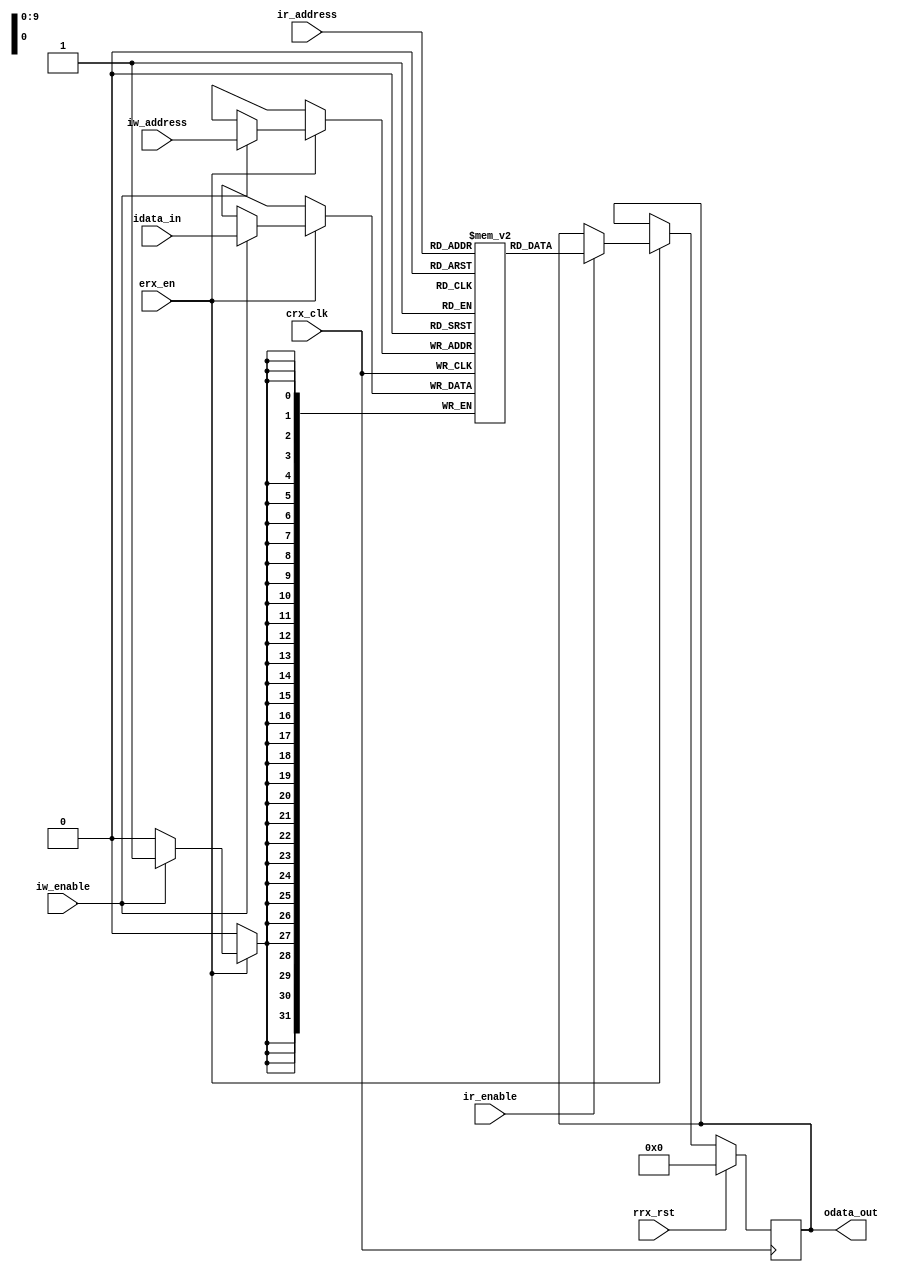
// Simple Dual-Port Block RAM with One Clock

/**
 * GENERAL DESCRIPTION:
 *
 * -Multipurpose 16 bit by 128 lines RAM
 *
 *
 * CONSTRAINTS:
 *
 *
 */

module rx_BRAM_32_1024(
  input  wire               crx_clk               ,  //clock signal
  input  wire               rrx_rst               ,  //reset signal
  input  wire               erx_en                ,  //enable signal

  input  wire               ir_enable             ,
  input  wire               iw_enable             ,
  input  wire        [9:0]  iw_address            ,
  input  wire        [9:0]  ir_address            ,

  input  wire signed [31:0] idata_in              ,
  
  output reg  signed [31:0] odata_out
  );

  reg signed [31:0] BRAM [1023:0];

  integer i;

  //set initial value of memories to zero
  initial begin
    for (i = 0; i < 1024; i = i + 1) begin
      BRAM[i] = 0;
    end
  end

  always @(posedge crx_clk) begin
    if (erx_en) begin
      if (iw_enable) begin
        BRAM[iw_address] <= idata_in;
      end
    end
  end

  always @(posedge crx_clk) begin
    if (rrx_rst) begin
      odata_out <= 0;
    end else begin
      if (!erx_en) begin
        //odata_out <= 0;
      end else begin
        if (ir_enable) begin
          odata_out <= BRAM[ir_address];
        end
      end
    end
  end

endmodule